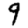
Digit: 9